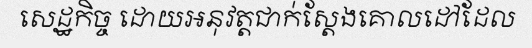
សេដ្ឋកិច្ច ដោយអនុវត្តជាក់ស្តែងគោលដៅដែល